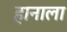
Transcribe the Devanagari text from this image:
हानाला